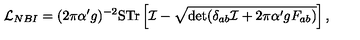
{ \cal L } _ { N B I } = ( 2 \pi \alpha ^ { \prime } g ) ^ { - 2 } \mathrm { S T r } \left[ { \cal I } - \sqrt { \det ( \delta _ { a b } { \cal I } + 2 \pi \alpha ^ { \prime } g F _ { a b } ) } \right] ,